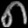
Digit: ၈